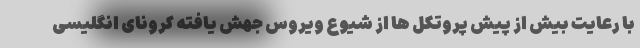
با رعایت بیش از پیش پروتکل ها از شیوع ویروس جهش یافته کرونای انگلیسی